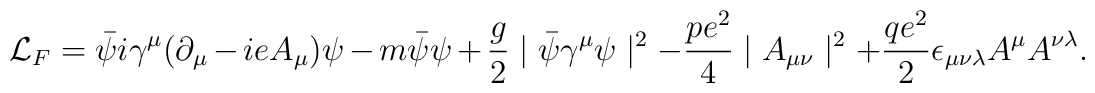
{\cal L}_F=\bar\psi i\gamma^\mu (\partial_\mu-ieA_\mu)\psi -m\bar\psi\psi+{g\over 2}\mid\bar\psi\gamma^\mu\psi\mid^2 -{{pe^2}\over 4}\mid A_{\mu\nu}\mid^2+{{qe^2}\over 2}\epsilon_{\mu\nu\lambda}A^\mu A^{\nu\lambda}.